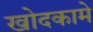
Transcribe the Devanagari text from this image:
खोदकामे